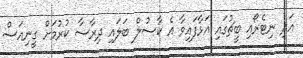
އަދި ނިޓެރޯއި ބީޗުގައި އަޅާފައިވާ އެ ކާސުލް ބަލައި ދިރާސާ ކުރުމަށް ގީނިއަސް